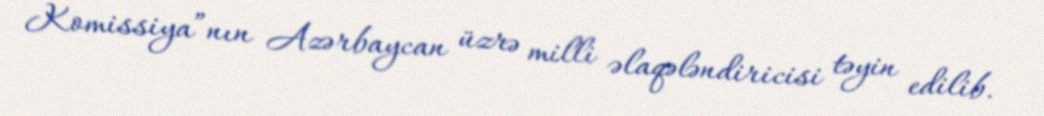
Komissiya”nın Azərbaycan üzrə milli əlaqələndiricisi təyin edilib.